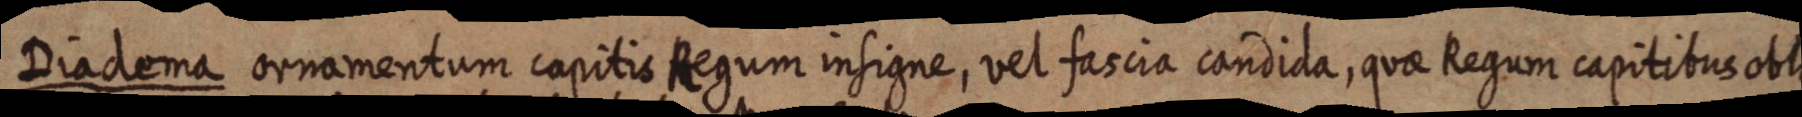
Diadema ornamentum capitis Regum insigne, vel fascia candida, quae Regum capitibus obli